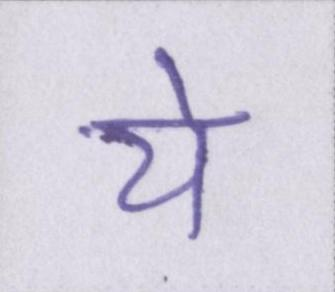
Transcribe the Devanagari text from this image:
ये